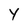
Character: Y